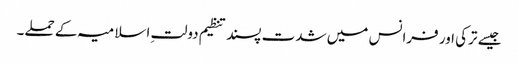
جیسے ترکی اور فرانس میں شدت پسند تنظیم دولتِ اسلامیہ کے حملے۔